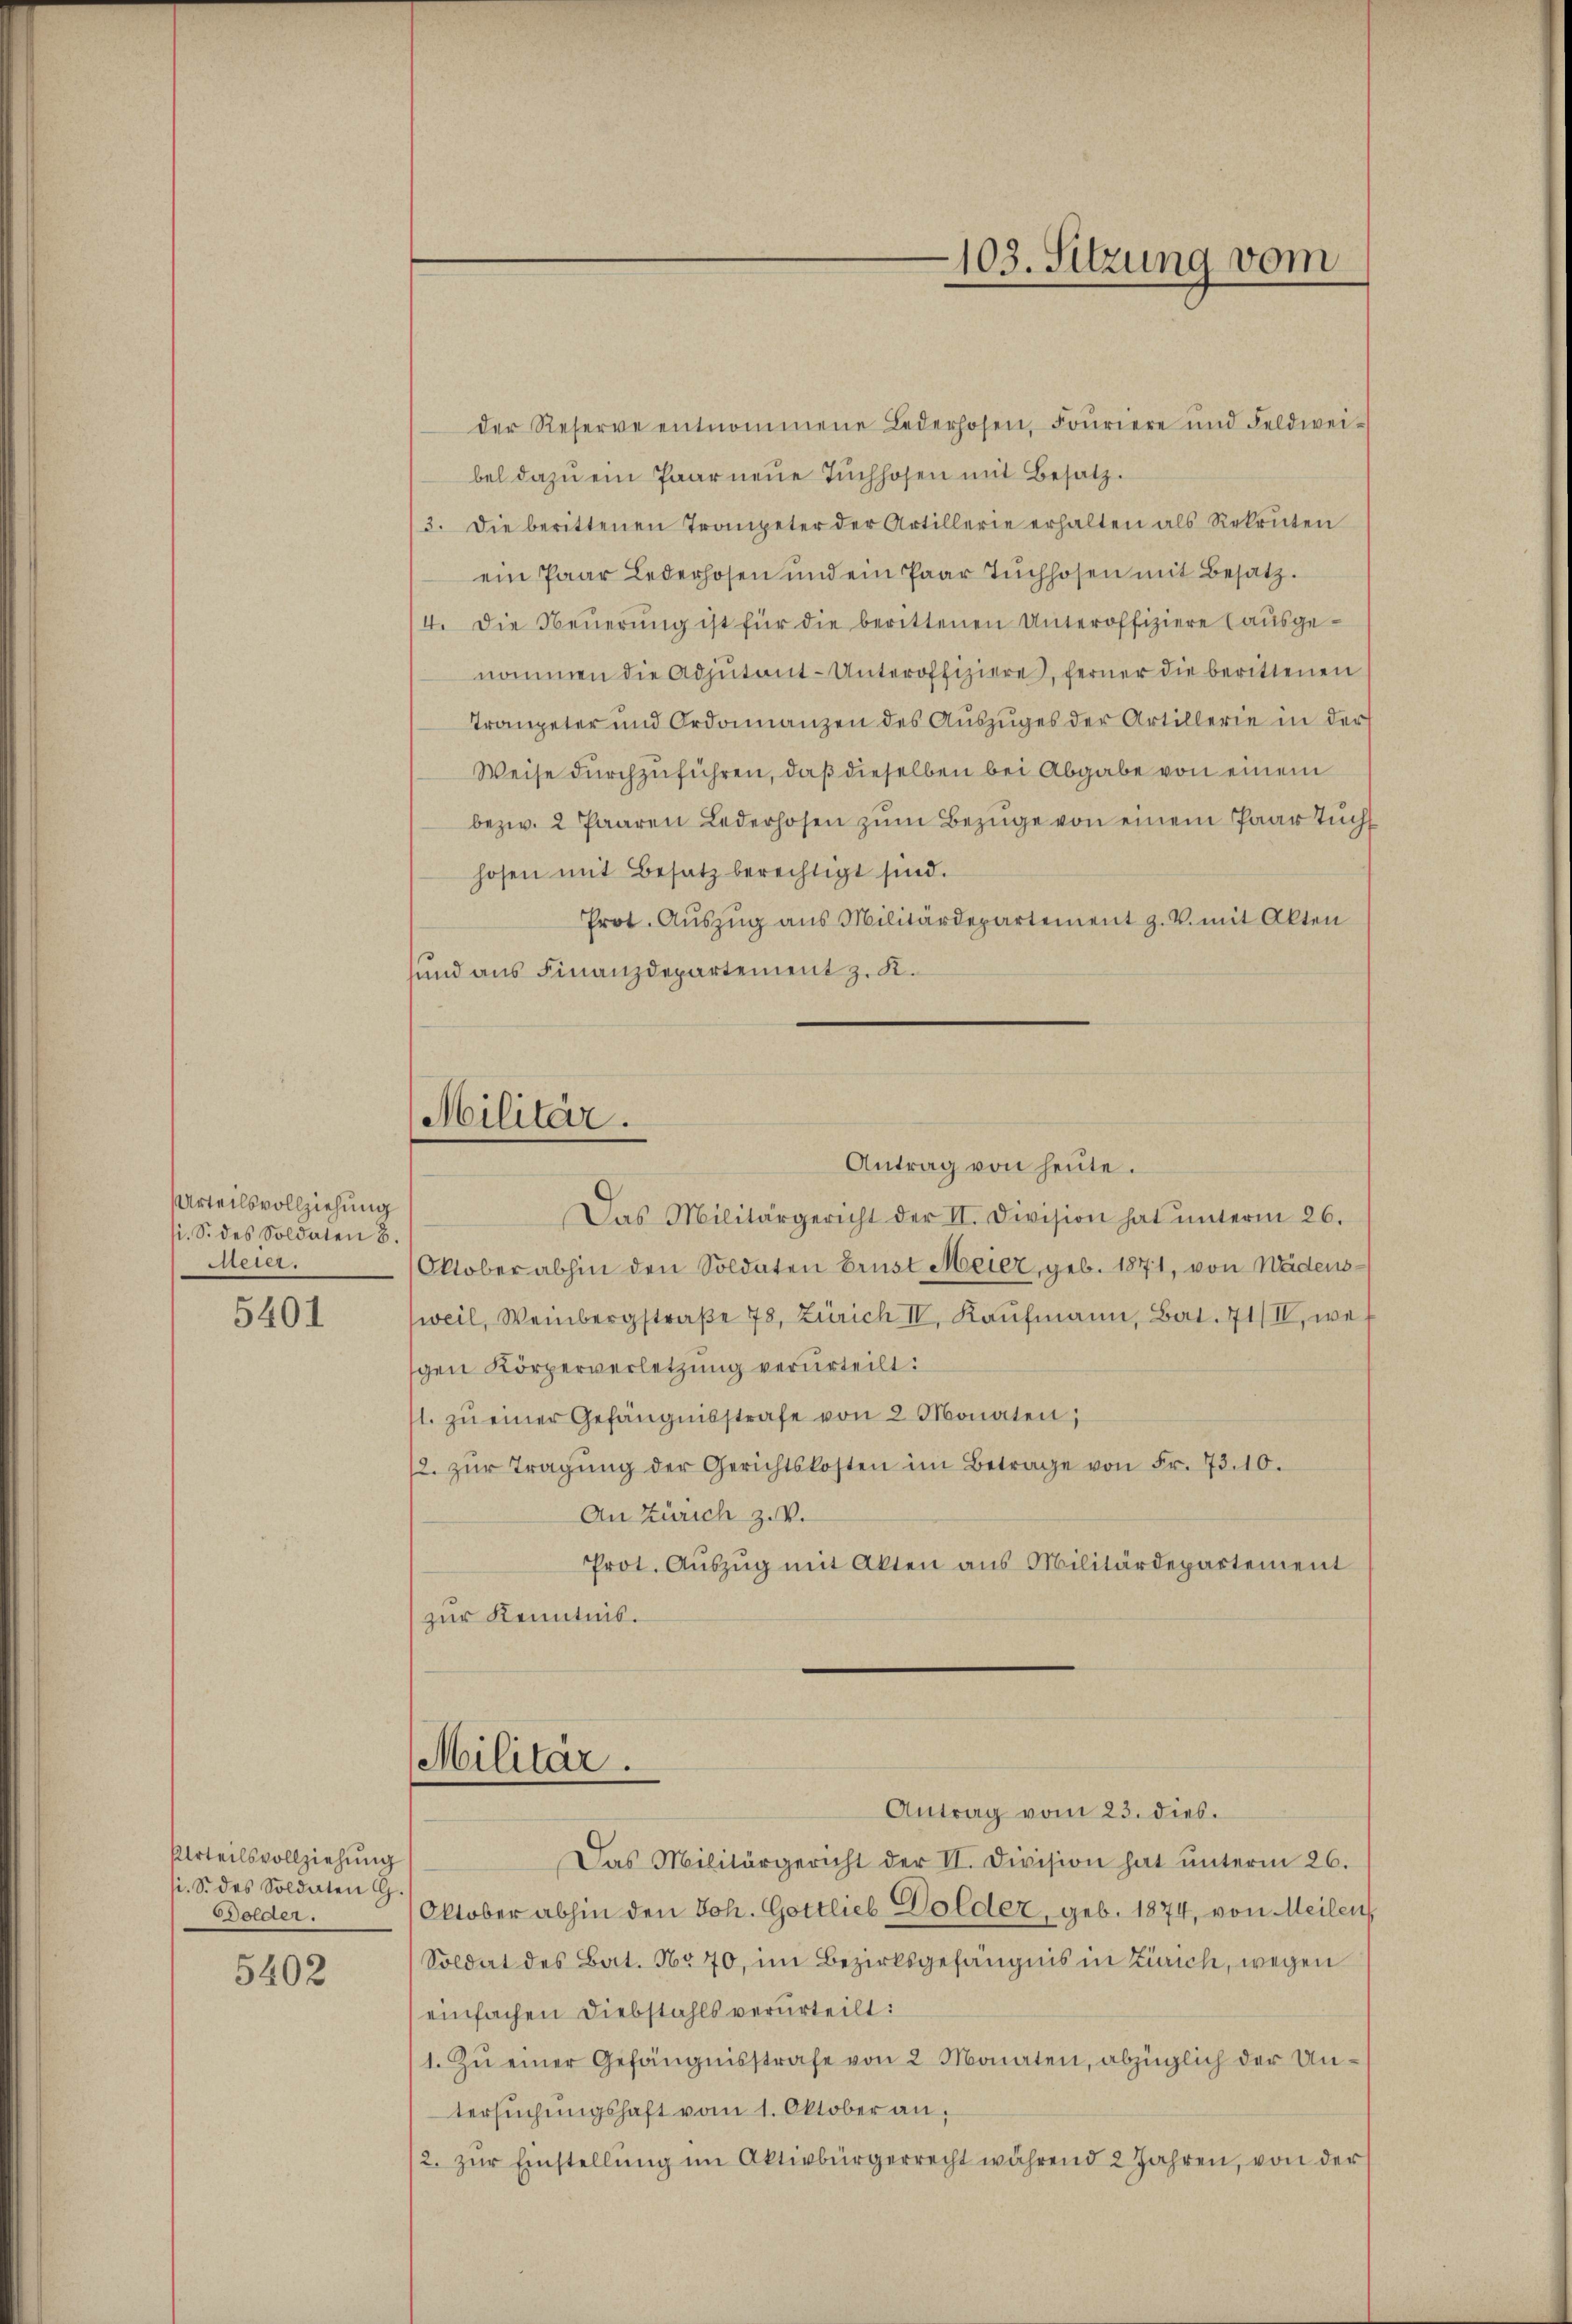
Urteilsvollziehung
si. S. des Soldaten 8.
werti.

5401

Urteilsvollziehung
li. S. des Soldaten G
Dolder.

5402

Militär.

der Reserve entnommene Lederhosen, Fouriere und Feldwei-
bel dazu ein Paarneŭe Tŭchhofen mit Besatz.
13. Die berittenen Trompeter der Artillerie erhalten als Rekruten
ein Paar Lederhosen und ein Paar Tŭchhosen mit Besatz.
/4. die Neŭerŭng ist für die berittenen Unteroffiziere (ausgenommen die Adjutant-Unteroffiziere, ferner die berittenen
Trompeter und Ordonnanzen des Aŭszŭges der Artillerie in der
Weise durchzuführen, daß dieselben bei Abgabe von einem
bezw. 2 Paaren Lederhofen zŭm Bezüge von einem Paar Tücht
hosen mit Besatz berechtigt sind.
Prot. Aŭszŭg aŭs Militärdepartement z. V. mit Akten
sund aus Finanzdepartement z. K.
Antrag von heute.
Das Militärgericht der II. Division hat ŭnterm 26.
Oktober abhin den Soldaten Brust Meier, geb. 1871, von Wädens¬
(weil, Weinbergstraße 78, Zürich IV. Kaufmann, Bat. 71/II, we
gen Körperverletzung verurteilt:
1. zŭ einer Gefängnisstrafe von 2 Monaten;
/2. zŭr Tragŭng der Gerichtskosten im Betrage von Fr. 73. 10.
An Zürich z. V.
Prot. Aŭszŭg mit Akten ans Militärdepartement
zur Kenntnis.
Militär.
Antrag vom 23. dies.
Das Militärgericht der II. Division hat ŭnterm 26.
Oktober abhin den Joh. Gottlieb Dolder, geb. 1874, von Meilen
Soldat des Bat. No 70, im Bezirksgefängnis in Zürich, wegen
einfachen Diebstahls verurteilt:
1. Zu einer Gefängnisstrafe von 2 Monaten, abzüglich der Untersŭchŭngshaft vom 1. Oktober an,
2. zŭr Einstellŭng im Aktivbürgerrecht während 2 Jahren, von der

103. Sitzung vom